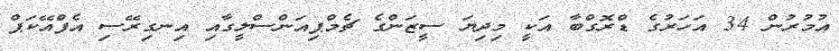
އުމުރުން 34 އަހަރުގެ ޑްރޮގްބާ އަކީ މިދިޔަ ސީޒަންގެ ޗެމްޕިއަންސްލީގާއި އިނގިރޭސި އެފްއޭކަޕް